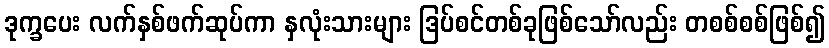
ဒုက္ခပေး လက်နှစ်ဖက်ဆုပ်ကာ နှလုံးသားများ ဒြပ်စင်တစ်ခုဖြစ်သော်လည်း တစစ်စစ်ဖြစ်၍